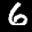
Label: 6